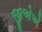
જીએએ